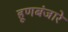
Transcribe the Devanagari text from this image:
हूणबंजारे